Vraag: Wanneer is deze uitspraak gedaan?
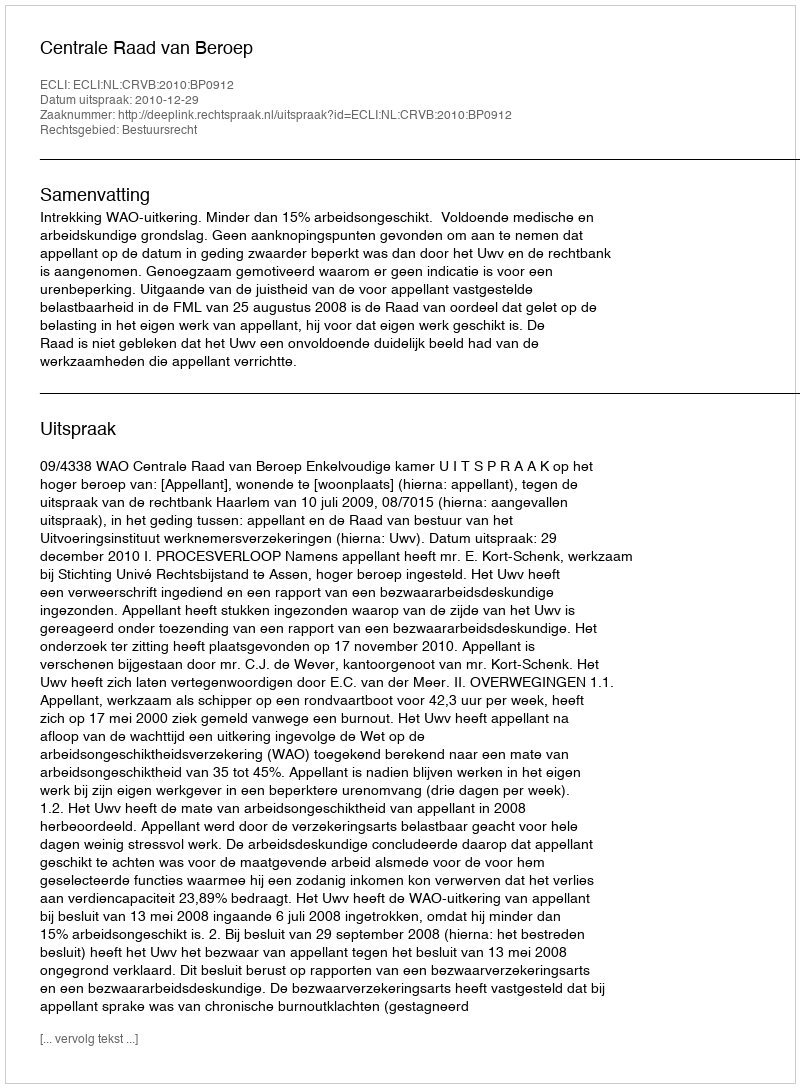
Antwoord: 2010-12-29